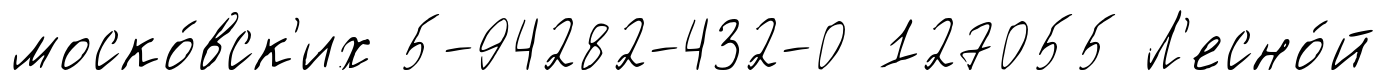
моско́вск'их 5-94282-432-0 127055 Л'есно́й